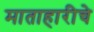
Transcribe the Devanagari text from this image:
माताहारीचे